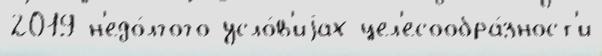
2019 н'едо́лгого усло́в'иjах цел'есообра́зност'и